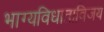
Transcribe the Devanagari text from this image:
भाग्यविधाताविजय